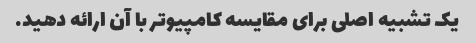
یک تشبیه اصلی برای مقایسه کامپیوتر با آن ارائه دهید.